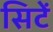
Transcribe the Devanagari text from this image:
सिटें